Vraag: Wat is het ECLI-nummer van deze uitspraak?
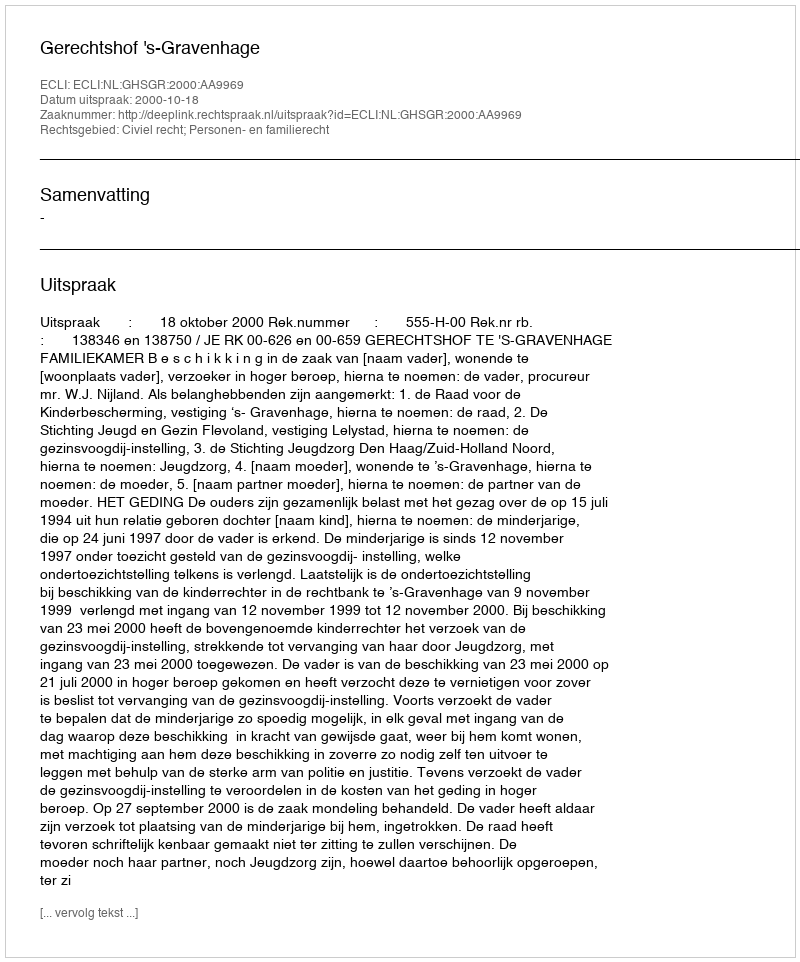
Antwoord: ECLI:NL:GHSGR:2000:AA9969